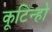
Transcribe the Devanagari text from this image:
कूटिन्हो